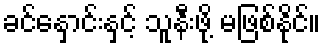
ခင်နှောင်းနှင့် သူနီးဖို့ မဖြစ်နိုင်။